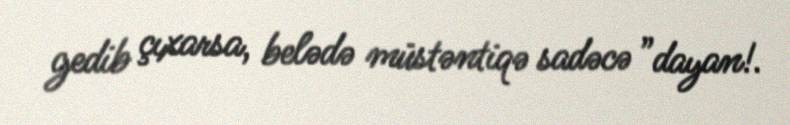
gedib çıxarsa, belədə müstəntiqə sadəcə ”dayan!.